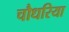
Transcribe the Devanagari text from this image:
चौधरिया